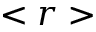
< r >